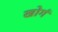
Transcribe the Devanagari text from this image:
खोगं